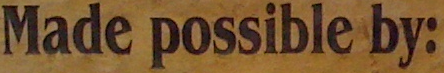
Made possible by: